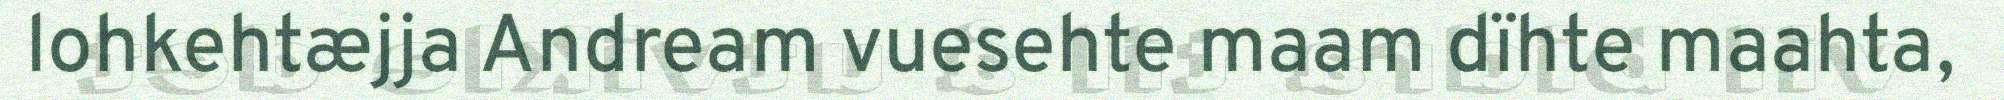
lohkehtæjja Andream vuesehte maam dïhte maahta,